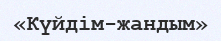
«Күйдім-жандым»